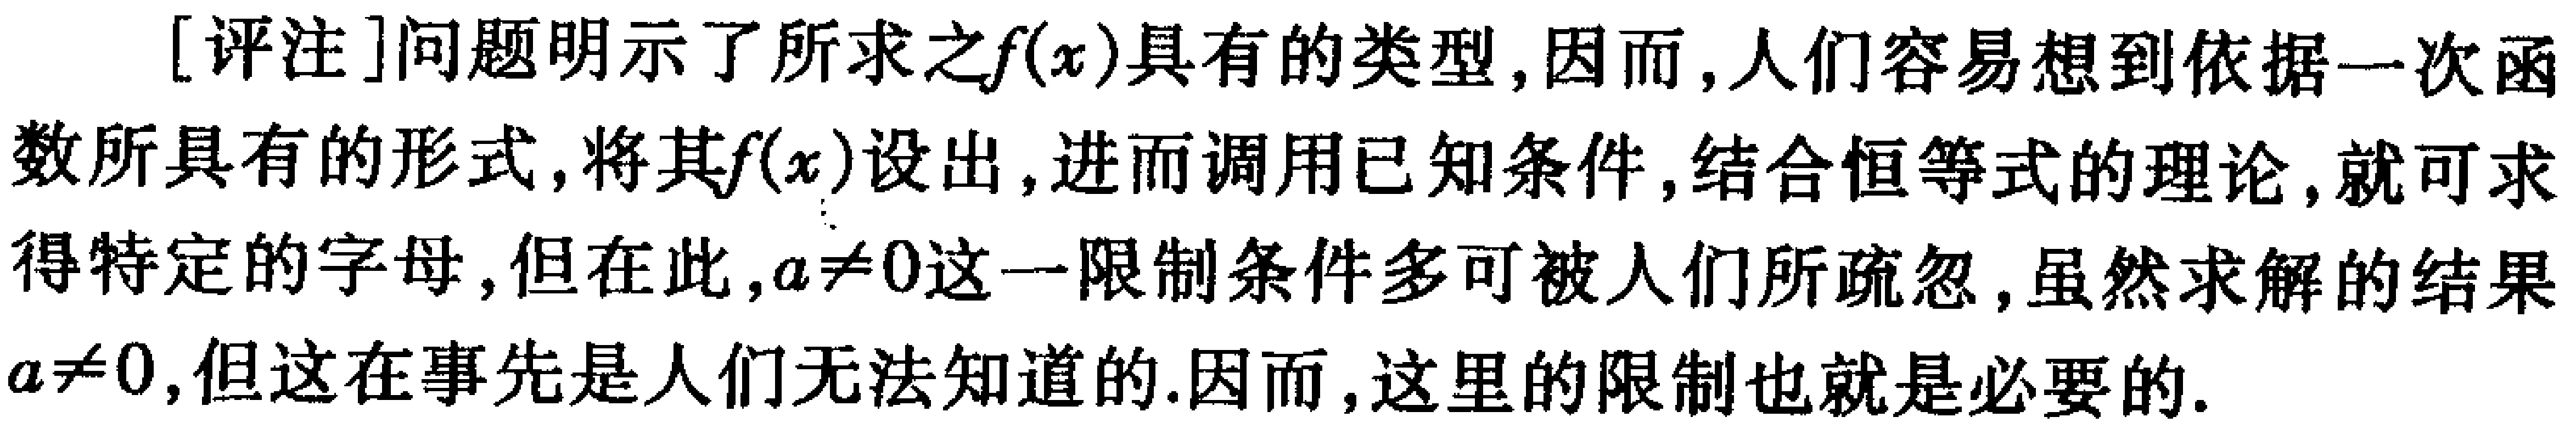
[评注]问题明示了所求之\(f(x)\)具有的类型, 因而, 人们容易想到依据一次函数所具有的形式, 将其\(f(x)\)设出, 进而调用已知条件, 结合恒等式的理论, 就可求得特定的字母, 但在此, \(a\neq0\)这一限制条件多可被人们所疏忽, 虽然求解的结果\(a\neq0\), 但这在事先是人们无法知道的.因而, 这里的限制也就是必要的.